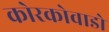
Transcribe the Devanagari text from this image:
कोरकोवाडो